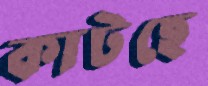
কাটছে